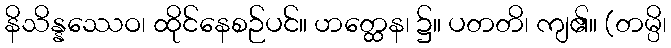
နိသိန္နဿေဝ၊ ထိုင်နေစဉ်ပင်။ ဟတ္ထေန၊ ၌။ ပတတိ၊ ကျ၏။ (တမ္ပိ၊